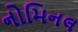
નોમિનલ